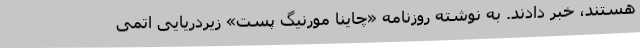
هستند، خبر دادند. به نوشته روزنامه «چاینا مورنیگ پست» زیردریایی اتمی